Annual report of the Punjab Veterinary College and of the Civil Veterinary Department, Punjab - 1926-1932
Year: 1926
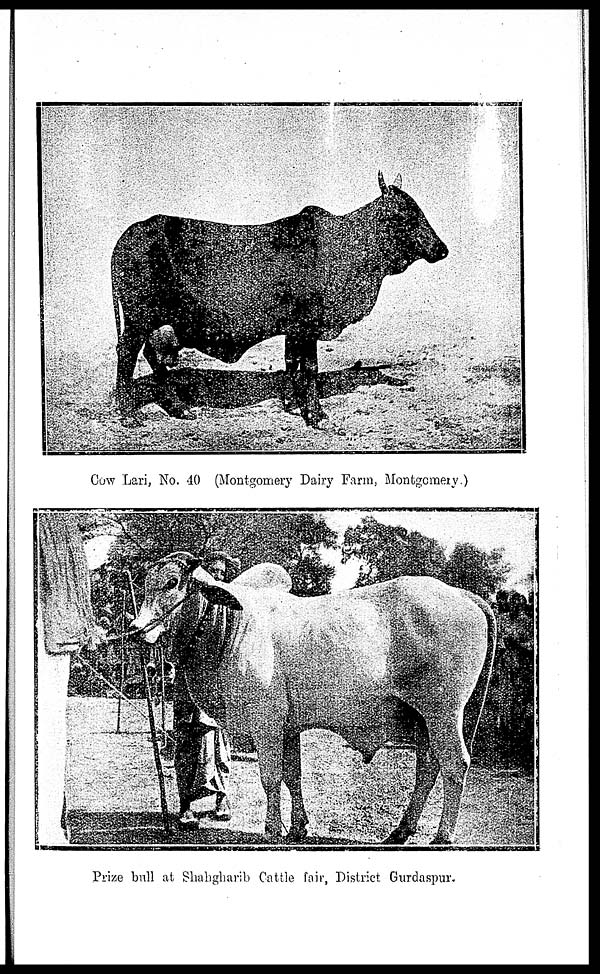
Cow Lari, No. 40 (Montgomery Dairy Farm, Montgomery.)
Prize bull at Shahgharib Cattle fair, District Gurdaspur.